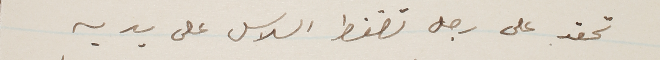
تحقد على رجل تضغط السلاسل على يديه